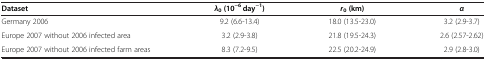
<table><thead><tr><td><b>Dataset</b></td><td><b><i>λ</i><sub>0</sub>(10<sup>−6</sup> day<sup>−1</sup>)</b></td><td><b><i>r</i><sub>0</sub>(km)</b></td><td><b><i>α</i></b></td></tr></thead><tbody><tr><td>Germany 2006</td><td>9.2 (6.6-13.4)</td><td>18.0 (13.5-23.0)</td><td>3.2 (2.9-3.7)</td></tr><tr><td>Europe 2007 without 2006 infected area</td><td>3.2 (2.9-3.8)</td><td>21.8 (19.5-24.3)</td><td>2.6 (2.57-2.62)</td></tr><tr><td>Europe 2007 without 2006 infected farm areas</td><td>8.3 (7.2-9.5)</td><td>22.5 (20.2-24.9)</td><td>2.9 (2.8-3.0)</td></tr></tbody></table>